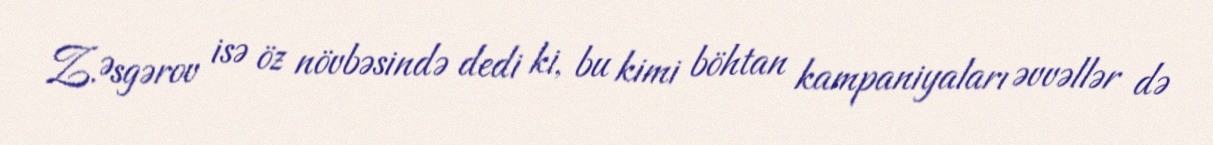
Z.Əsgərov isə öz növbəsində dedi ki, bu kimi böhtan kampaniyaları əvvəllər də